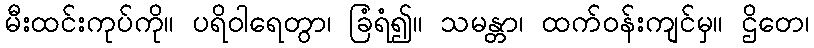
မီးထင်းကုပ်ကို။ ပရိဝါရေတွာ၊ ခြံရံ၍။ သမန္တာ၊ ထက်ဝန်းကျင်မှ။ ဌိတေ၊